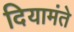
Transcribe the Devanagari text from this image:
दियामंते